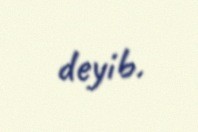
deyib.